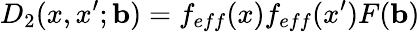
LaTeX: D_{2}(x,x^{\prime};{\mathbf b})=f_{eff}(x)f_{eff}(x^{\prime})F({\mathbf b})